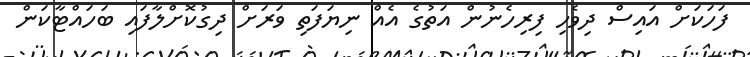
ފަހަކަށް އައިސް ދިވެހި ފިރިހެނުން އަތުގެ އެއް ނިޔަފަތި ވަރަށް ދިގުކޮށްލާފައި ބަހައްޓާކަން